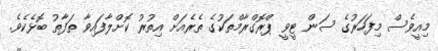
މިއީވެސް މިފަހަރުގެ ސަން ޓީވީ ޕްރޮގްރާމްތަކުގެ ތެރެއަށް އިތުރު ކޮށްލާފައިވާ ތަފާތު ބޮޅެކެވެ.